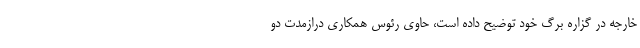
خارجه در گزاره برگ خود توضیح داده است، حاوی رئوس همکاری درازمدت دو